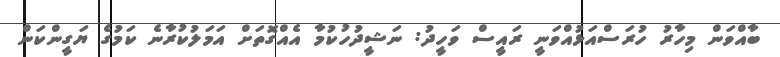
ބާއްވަން މިހާރު ހުރަސްއަޅުއްވަނީ ރައީސް ވަހީދު: ނަޝީދުހުކުމާ އެއްގޮތަށް އަމަލުކުރާނެ ކަމުގެ ޔަގީންކަން